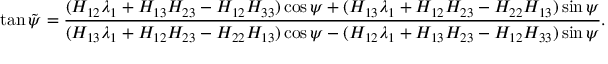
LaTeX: \tan { } \tilde { \psi } = \frac { ( H _ { 1 2 } \lambda _ { 1 } + H _ { 1 3 } H _ { 2 3 } - H _ { 1 2 } H _ { 3 3 } ) \cos \psi + ( H _ { 1 3 } \lambda _ { 1 } + H _ { 1 2 } H _ { 2 3 } - H _ { 2 2 } H _ { 1 3 } ) \sin \psi } { ( H _ { 1 3 } \lambda _ { 1 } + H _ { 1 2 } H _ { 2 3 } - H _ { 2 2 } H _ { 1 3 } ) \cos \psi - ( H _ { 1 2 } \lambda _ { 1 } + H _ { 1 3 } H _ { 2 3 } - H _ { 1 2 } H _ { 3 3 } ) \sin \psi } .